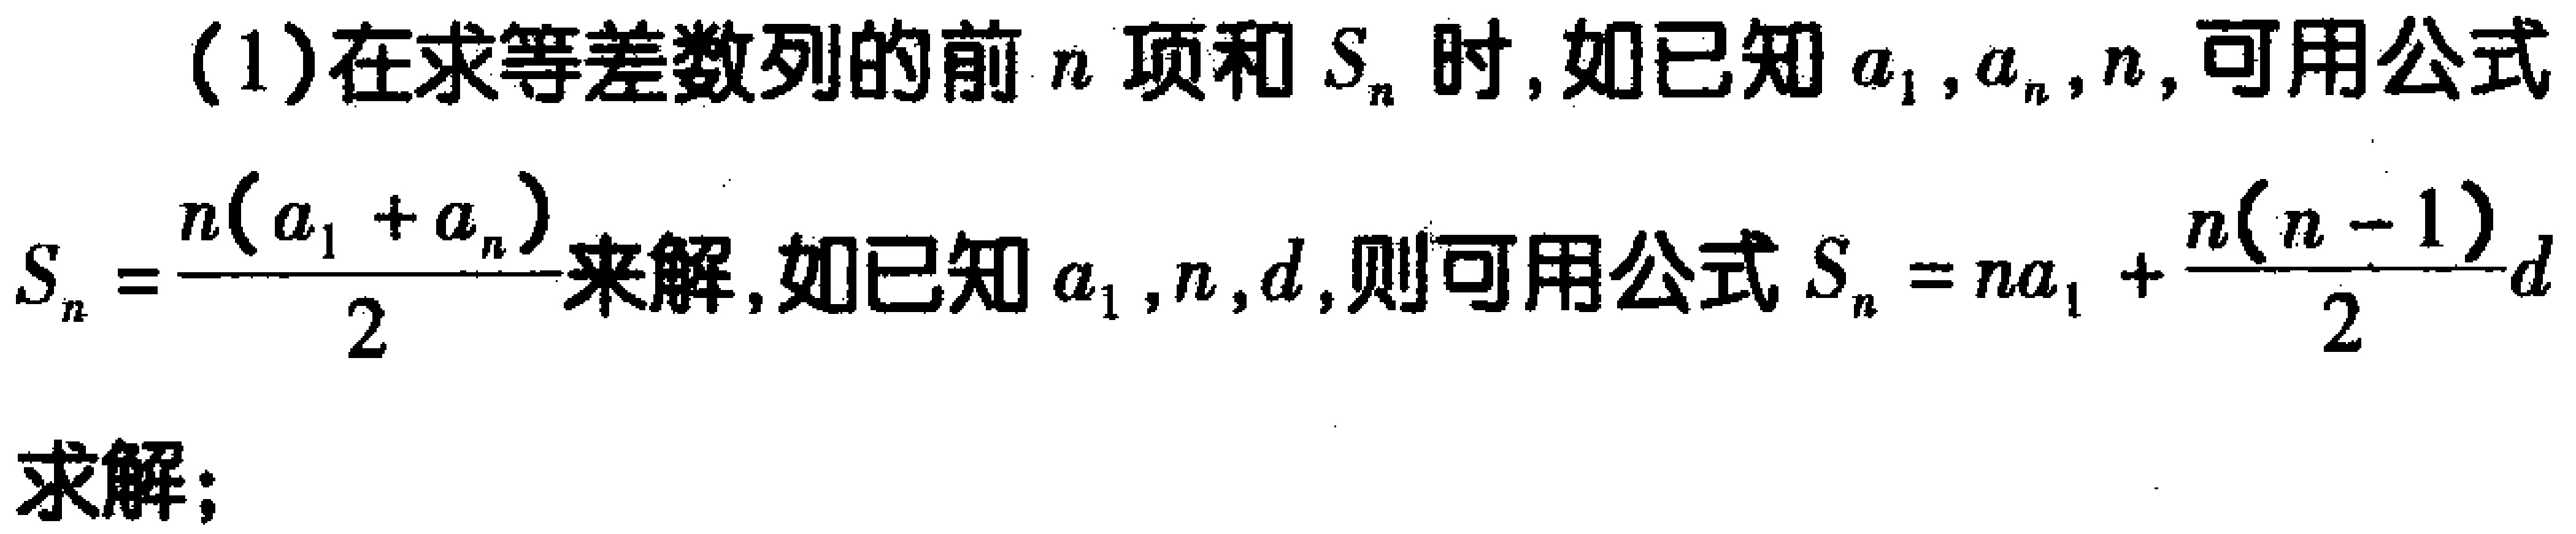
(1)在求等差数列的前\(n\)项和\(S_{n}\)时,如已知\(a_{1},a_{n},n\),可用公式
\(S_{n}=\frac{n(a_{1} + a_{n})}{2}\)来解,如已知\(a_{1},n,d\),则可用公式\(S_{n}=na_{1}+\frac{n(n - 1)}{2}d\)
求解;